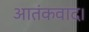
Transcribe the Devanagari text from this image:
आतंकवाद।